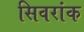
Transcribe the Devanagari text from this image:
सिवरांक